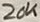
Text: 20K